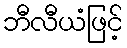
ဘီလီယံဖြင့်